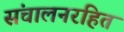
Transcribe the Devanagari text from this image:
संचालनरहित